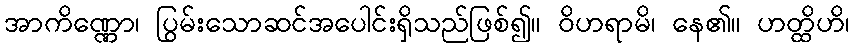
အာကိဏ္ဏော၊ ပြွမ်းသောဆင်အပေါင်းရှိသည်ဖြစ်၍။ ဝိဟရာမိ၊ နေ၏။ ဟတ္ထိဟိ၊